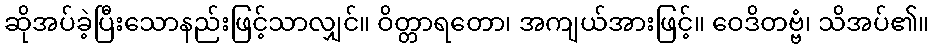
ဆိုအပ်ခဲ့ပြီးသောနည်းဖြင့်သာလျှင်။ ဝိတ္တာရတော၊ အကျယ်အားဖြင့်။ ဝေဒိတဗ္ဗံ၊ သိအပ်၏။